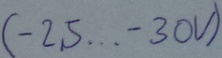
Text: (-25...-30V)